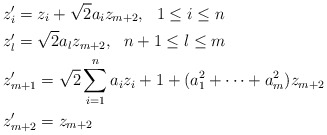
\begin{align*}&z'_i=z_i+\sqrt{2}a_iz_{m+2},\ \ 1\leq i\leq n\\&z'_l=\sqrt{2}a_lz_{m+2},\ \ n+1\leq l\leq m\\&z'_{m+1}=\sqrt{2}\sum\limits_{i=1}^{n}{a_iz_i}+1+(a^2_1+\cdots+a^2_m)z_{m+2}\\&z'_{m+2}=z_{m+2}\end{align*}